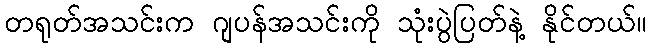
တရုတ်အသင်းက ဂျပန်အသင်းကို သုံးပွဲပြတ်နဲ့ နိုင်တယ်။